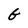
Character: G